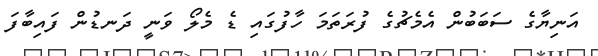
އަނިޔާގެ ސަބަބުން އެމެޗުގެ ފުރަތަމަ ހާފުގައި ޑެ މެލޯ ވަނީ ދަނޑުން ފައިބާފަ